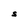
Character: S